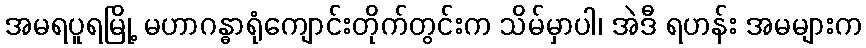
အမရပူရမြို့ မဟာဂန္ဓာရုံကျောင်းတိုက်တွင်းက သိမ်မှာပါ၊ အဲဒီ ရဟန်း အမများက